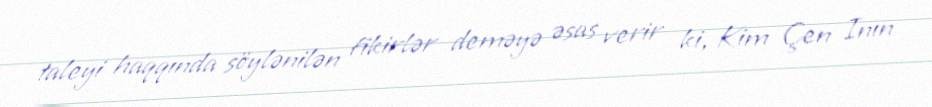
taleyi haqqında söylənilən fikirlər deməyə əsas verir ki, Kim Çen Inın